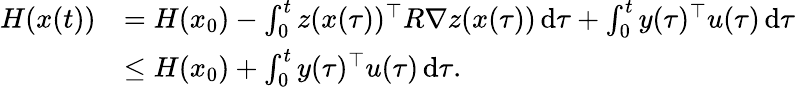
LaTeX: \begin{array}{rl}{H(x(t))}&{=H(x_{0})-\int_{0}^{t}z(x(\tau))^{\top}R\nabla z(x(\tau))\, \mathrm{d}\tau+\int_{0}^{t}y(\tau)^{\top}u(\tau)\, \mathrm{d}\tau}\\ &{\le H(x_{0})+\int_{0}^{t}y(\tau)^{\top}u(\tau)\, \mathrm{d}\tau.}\end{array}